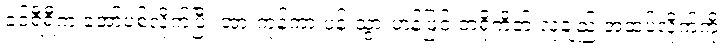
ခင်ရီရီက အော်ပစ်လိုက်ပြီး အားကုန်ကာ ပန်းသွားဟန်ဖြင့် ဘရိုကိတ် လုံချည် အထပ်လိုက်ကို